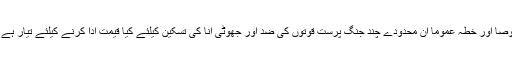
اب دیکھنا یہ ہے کہ دونوں ممالک خصوصا اور خطہ عموما ان محدودے چند جنگ پرست قوتوں کی ضد اور جھوٹی انا کی تسکین کیلئے کیا قیمت ادا کرنے کیلئے تیار ہے اور یہ قیمت کس شکل میں ادا کرئیگی ۔